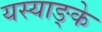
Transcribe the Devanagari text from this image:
यस्याङ्के